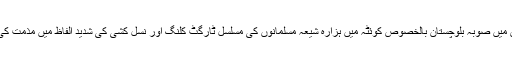
اجلاس میں صوبہ بلوچستان بالخصوص کوئٹہ میں ہزارہ شیعہ مسلمانوں کی مسلسل ٹارگٹ کلنگ اور نسل کشی کی شدید الفاظ میں مذمت کی گئی۔